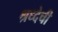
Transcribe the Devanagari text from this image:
श्रध्देची